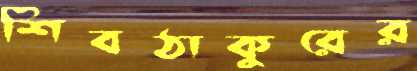
শিবঠাকুরের